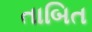
તાબિત